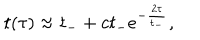
t ( \tau ) \approx t _ { - } + c t _ { - } e ^ { - \frac { 2 \tau } { t _ { - } } } ,